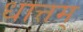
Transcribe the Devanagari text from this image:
धात्तम्‌